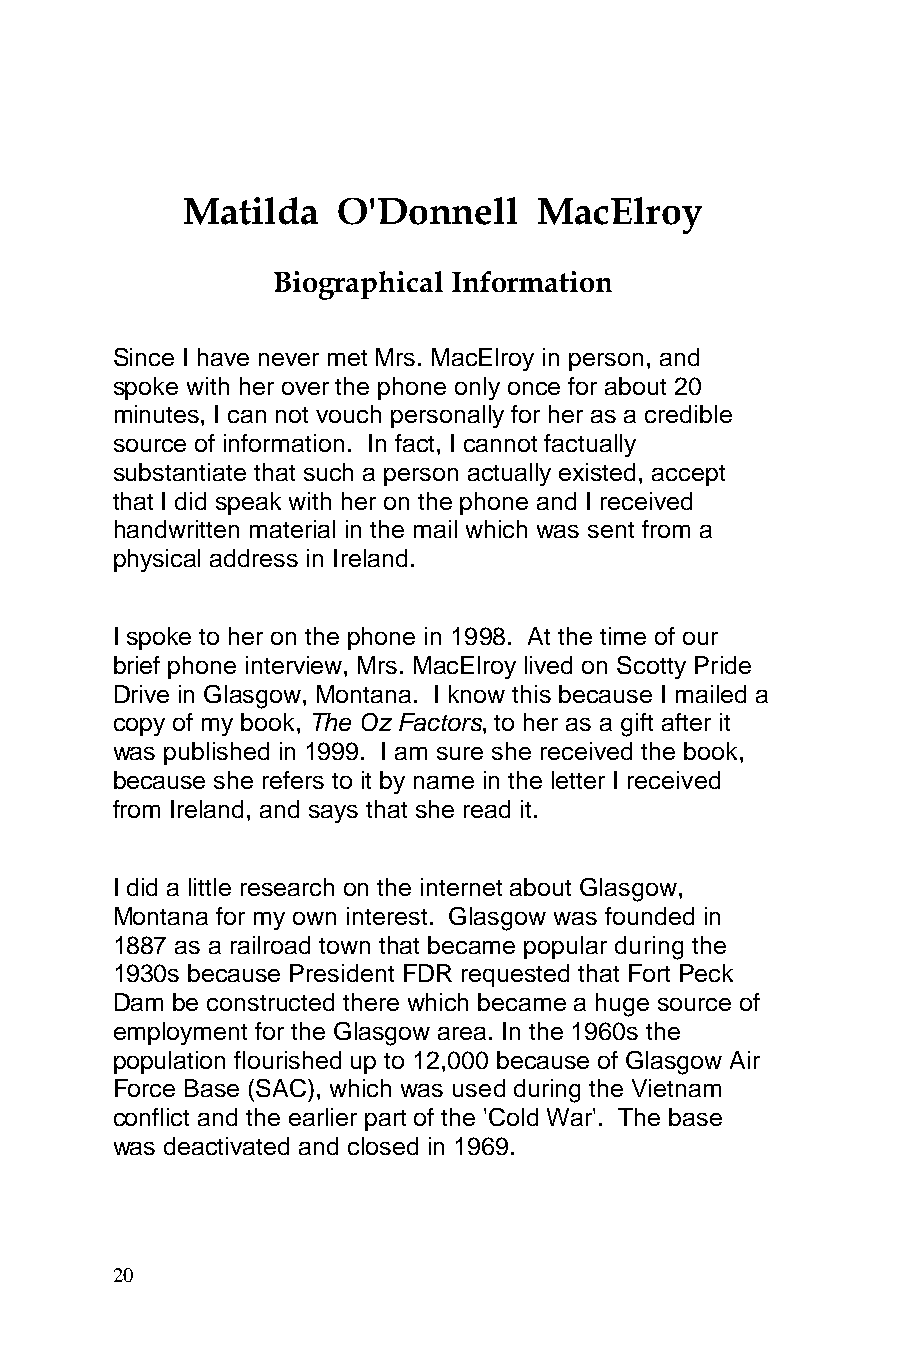
Matilda   O'Donnell     MacElroy
 Biographical Information
 Since I have never met Mrs. MacElroy in person, and
 spoke with her over the phone only once for about 20
 minutes, I can not vouch personally for her as a credible
 source of information. In fact, I cannot factually
 substantiate that such a person actually existed, accept
 that I did speak with her on the phone and I received
 handwritten material in the mail which was sent from a
 physical address in Ireland.
 I spoke to her on the phone in 1998. At the time of our
 brief phone interview, Mrs. MacElroy lived on Scotty Pride
 Drive in Glasgow, Montana. I know this because I mailed a
 copy of my book, The Oz Factors, to her as a gift after it
 was published in 1999. I am sure she received the book,
 because she refers to it by name in the letter I received
 from Ireland, and says that she read it.
 I did a little research on the internet about Glasgow,
 Montana for my own interest. Glasgow was founded in
 1887 as a railroad town that became popular during the
 1930s because President FDR requested that Fort Peck
 Dam be constructed there which became a huge source of
 employment for the Glasgow area. In the 1960s the
 population flourished up to 12,000 because of Glasgow Air
 Force Base (SAC), which was used during the Vietnam
 conflict and the earlier part of the 'Cold War'. The base
 was deactivated and closed in 1969.
 20